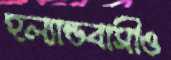
হল্যান্ডবাসীও